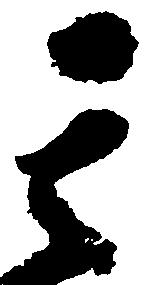
其